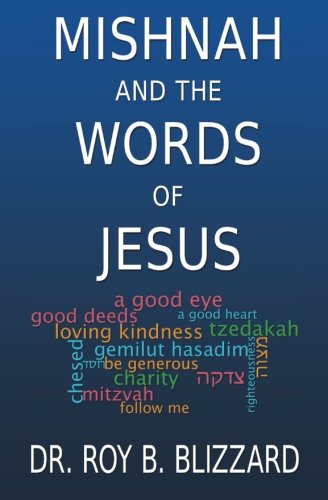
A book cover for Mishnah and the Words of Jesus; Roy B. Blizzard; Christian Books & Bibles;